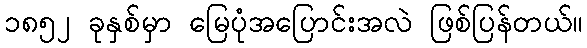
၁၈၅၂ ခုနှစ်မှာ မြေပုံအပြောင်းအလဲ ဖြစ်ပြန်တယ်။